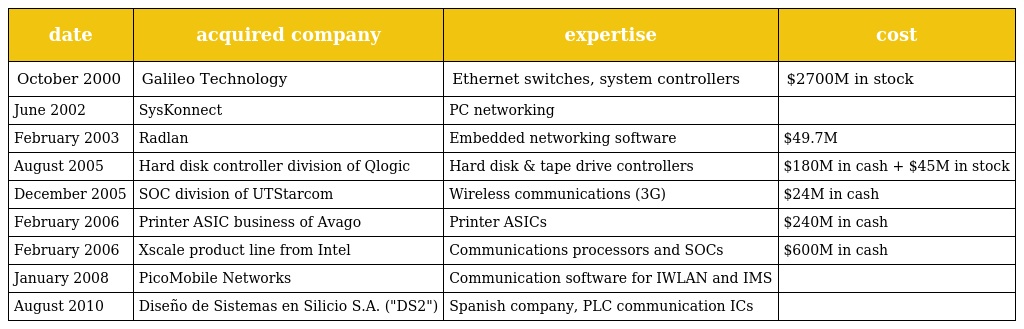
| date | acquired company | expertise | cost |
 | --- | --- | --- | --- |
 | October 2000 | Galileo Technology | Ethernet switches, system controllers | $2700M in stock |
 | June 2002 | SysKonnect | PC networking |  |
 | February 2003 | Radlan | Embedded networking software | $49.7M |
 | August 2005 | Hard disk controller division of Qlogic | Hard disk & tape drive controllers | $180M in cash + $45M in stock |
 | December 2005 | SOC division of UTStarcom | Wireless communications (3G) | $24M in cash |
 | February 2006 | Printer ASIC business of Avago | Printer ASICs | $240M in cash |
 | February 2006 | Xscale product line from Intel | Communications processors and SOCs | $600M in cash |
 | January 2008 | PicoMobile Networks | Communication software for IWLAN and IMS |  |
 | August 2010 | Diseño de Sistemas en Silicio S.A. ("DS2") | Spanish company, PLC communication ICs |  |